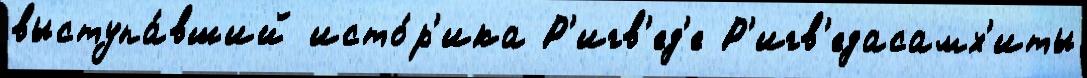
выступа́вший исто́р'ика Р'игв'ед'е Р'игв'едасамх'иты